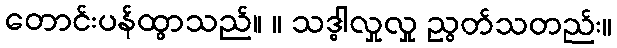
တောင်းပန်ထွာသည်။ ။ သဒ္ဓါလှုလှု ညွတ်သတည်း။